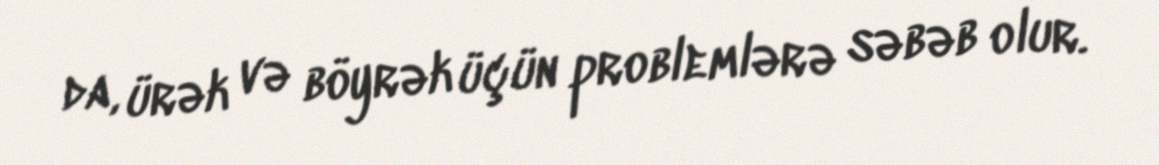
da, ürək və böyrək üçün problemlərə səbəb olur.